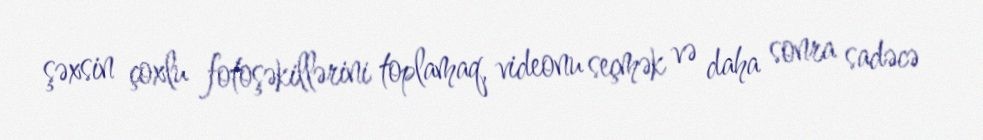
şəxsin çoxlu fotoşəkillərini toplamaq, videonu seçmək və daha sonra sadəcə